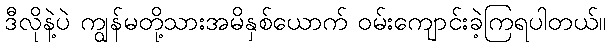
ဒီလိုနဲ့ပဲ ကျွန်မတို့သားအမိနှစ်ယောက် ဝမ်းကျောင်းခဲ့ကြရပါတယ်။